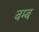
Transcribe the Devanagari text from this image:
बम्‍ब